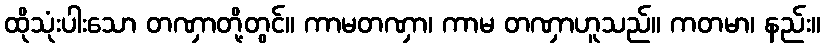
ထိုသုံးပါးသော တဏှာတို့တွင်။ ကာမတဏှာ၊ ကာမ တဏှာဟူသည်။ ကတမာ၊ နည်း။